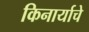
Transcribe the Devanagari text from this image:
किनार्याचे